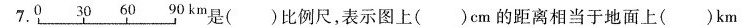
7.是( )比例尺，表示图上( )cm的距离相当于地面上( )km